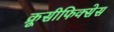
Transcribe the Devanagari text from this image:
क्रूसीफिक्‍सेस